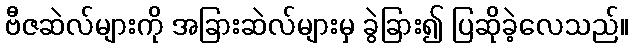
ဗီဇဆဲလ်များကို အခြားဆဲလ်များမှ ခွဲခြား၍ ပြဆိုခဲ့လေသည်။